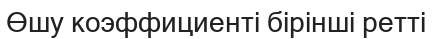
Өшу коэффициенті бірінші ретті